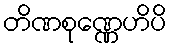
တိဏစုဏ္ဏေဟိပိ